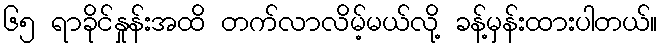
၆၅ ရာခိုင်နှုန်းအထိ တက်လာလိမ့်မယ်လို့ ခန့်မှန်းထားပါတယ်။